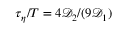
\tau _ { \eta } / T = 4 \mathcal { D } _ { 2 } / ( 9 \mathcal { D } _ { 1 } )